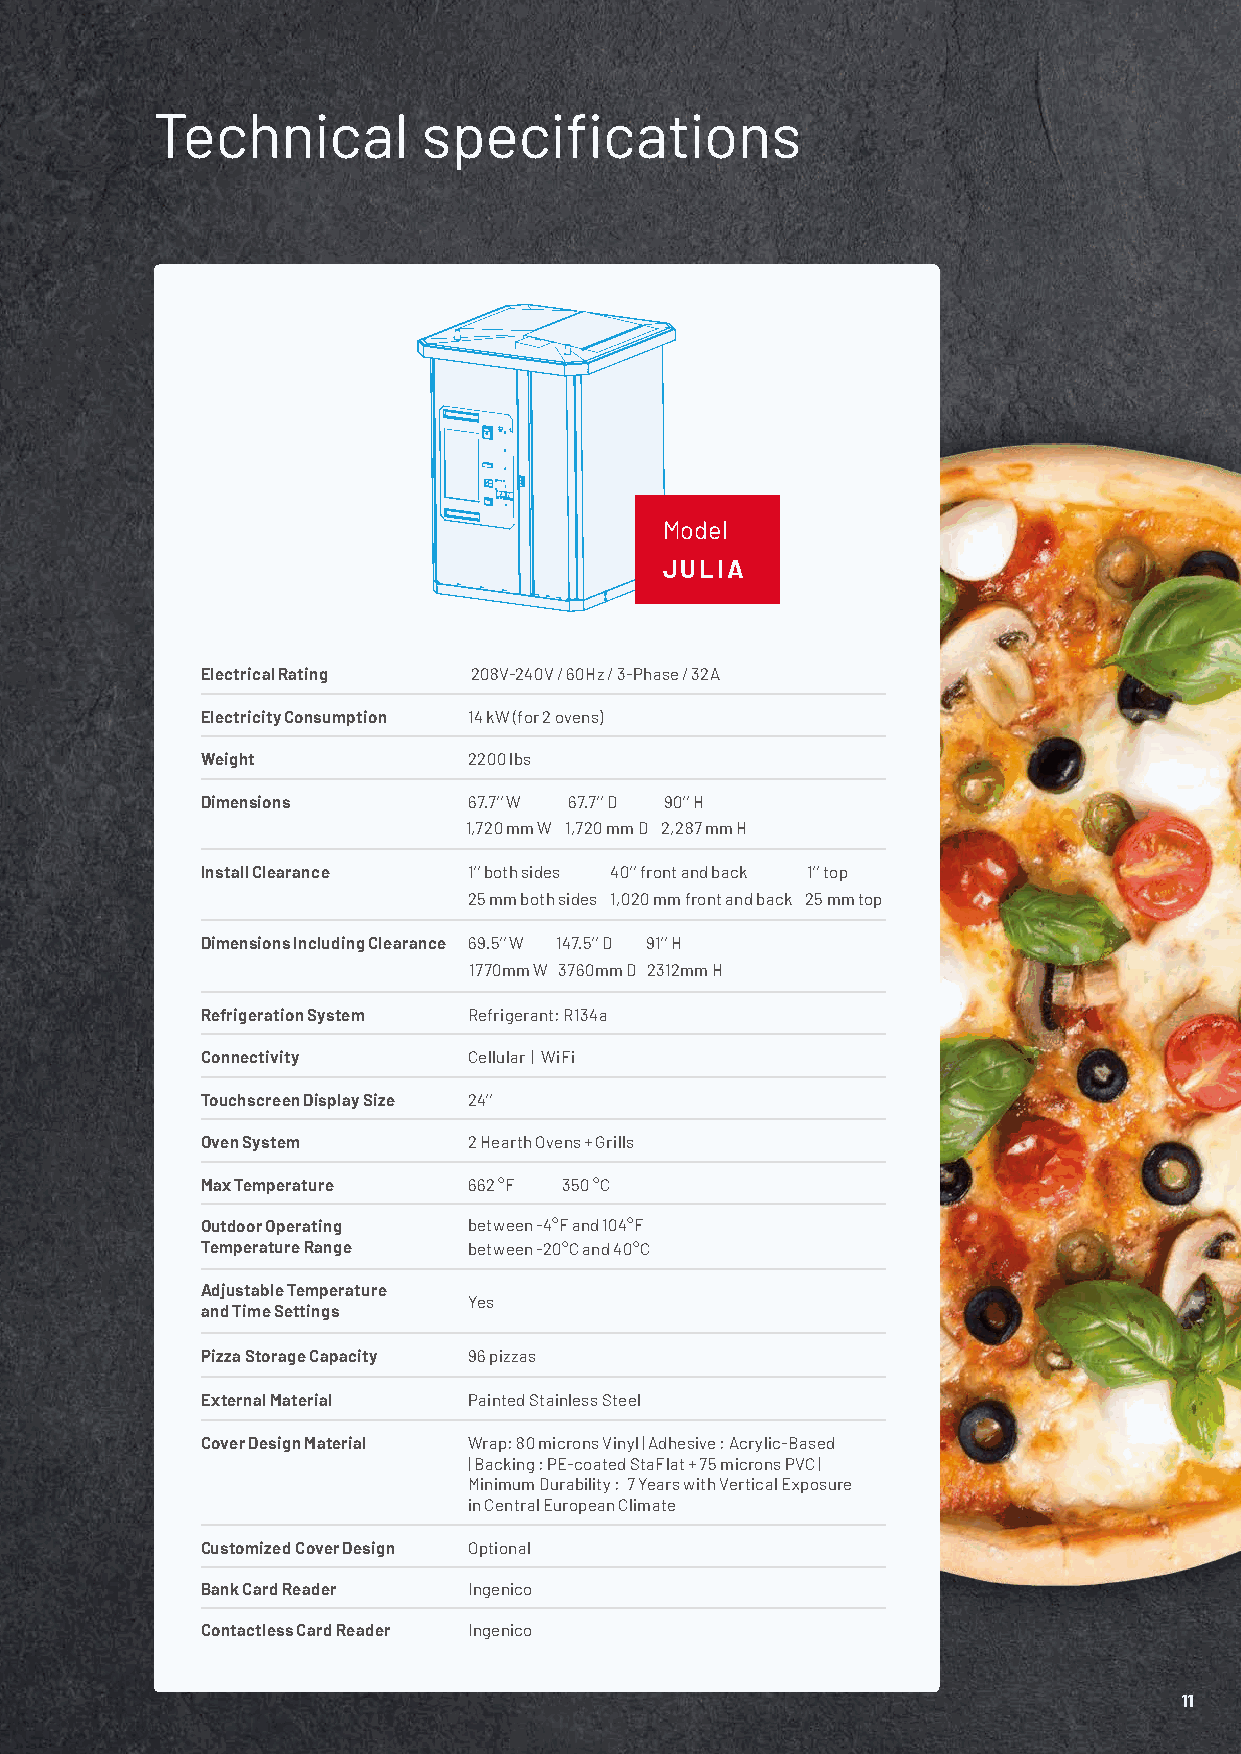
Technical         specifications
 Model
 JULIA
 Electrical Rating 208V-240V / 60Hz / 3-Phase / 32A
 Electricity Consumption 14 kW (for 2 ovens)
 Weight            2200 lbs
 Dimensions        67.7’’ W 67.7’’ D 90’’ H
 1,720 mm W 1,720 mm D 2,287 mm H
 Install Clearance 1’’ both sides 40’’ front and back 1’’ top
 25 mm both sides 1,020 mm front and back 25 mm top
 Dimensions Including Clearance 69.5’’ W 147.5’’ D 91’’ H
 1770mm W 3760mm D 2312mm H
 Refrigeration System Refrigerant: R134a
 Connectivity      Cellular | WiFi
 Touchscreen Display Size 24’’
 Oven System       2 Hearth Ovens + Grills
 Max Temperature   662 °F 350 °C
 Outdoor Operating between -4°F and 104°F
 Temperature Range between -20°C and 40°C
 Adjustable Temperature
 Yes
 and Time Settings
 Pizza Storage Capacity 96 pizzas
 External Material Painted Stainless Steel
 Cover Design Material Wrap: 80 microns Vinyl | Adhesive : Acrylic-Based
 | Backing : PE-coated StaFlat + 75 microns PVC |
 Minimum Durability : 7 Years with Vertical Exposure
 in Central European Climate
 Customized Cover Design Optional
 Bank Card Reader  Ingenico
 Contactless Card Reader Ingenico
 1111